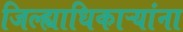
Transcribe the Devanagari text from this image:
जिल्ह्याधिकाऱ्यांना